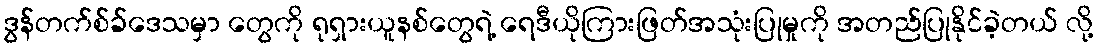
ဒွန်တက်စ်ခ်ဒေသမှာ တွေကို ရုရှားယူနစ်တွေရဲ့ ရေဒီယိုကြားဖြတ်အသုံးပြုမှုကို အတည်ပြုနိုင်ခဲ့တယ် လို့